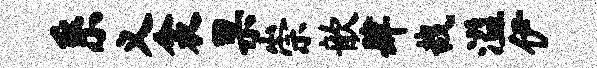
系义衾果崇歆肆哉溢伊